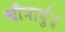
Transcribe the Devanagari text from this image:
सौत्रार्बुद